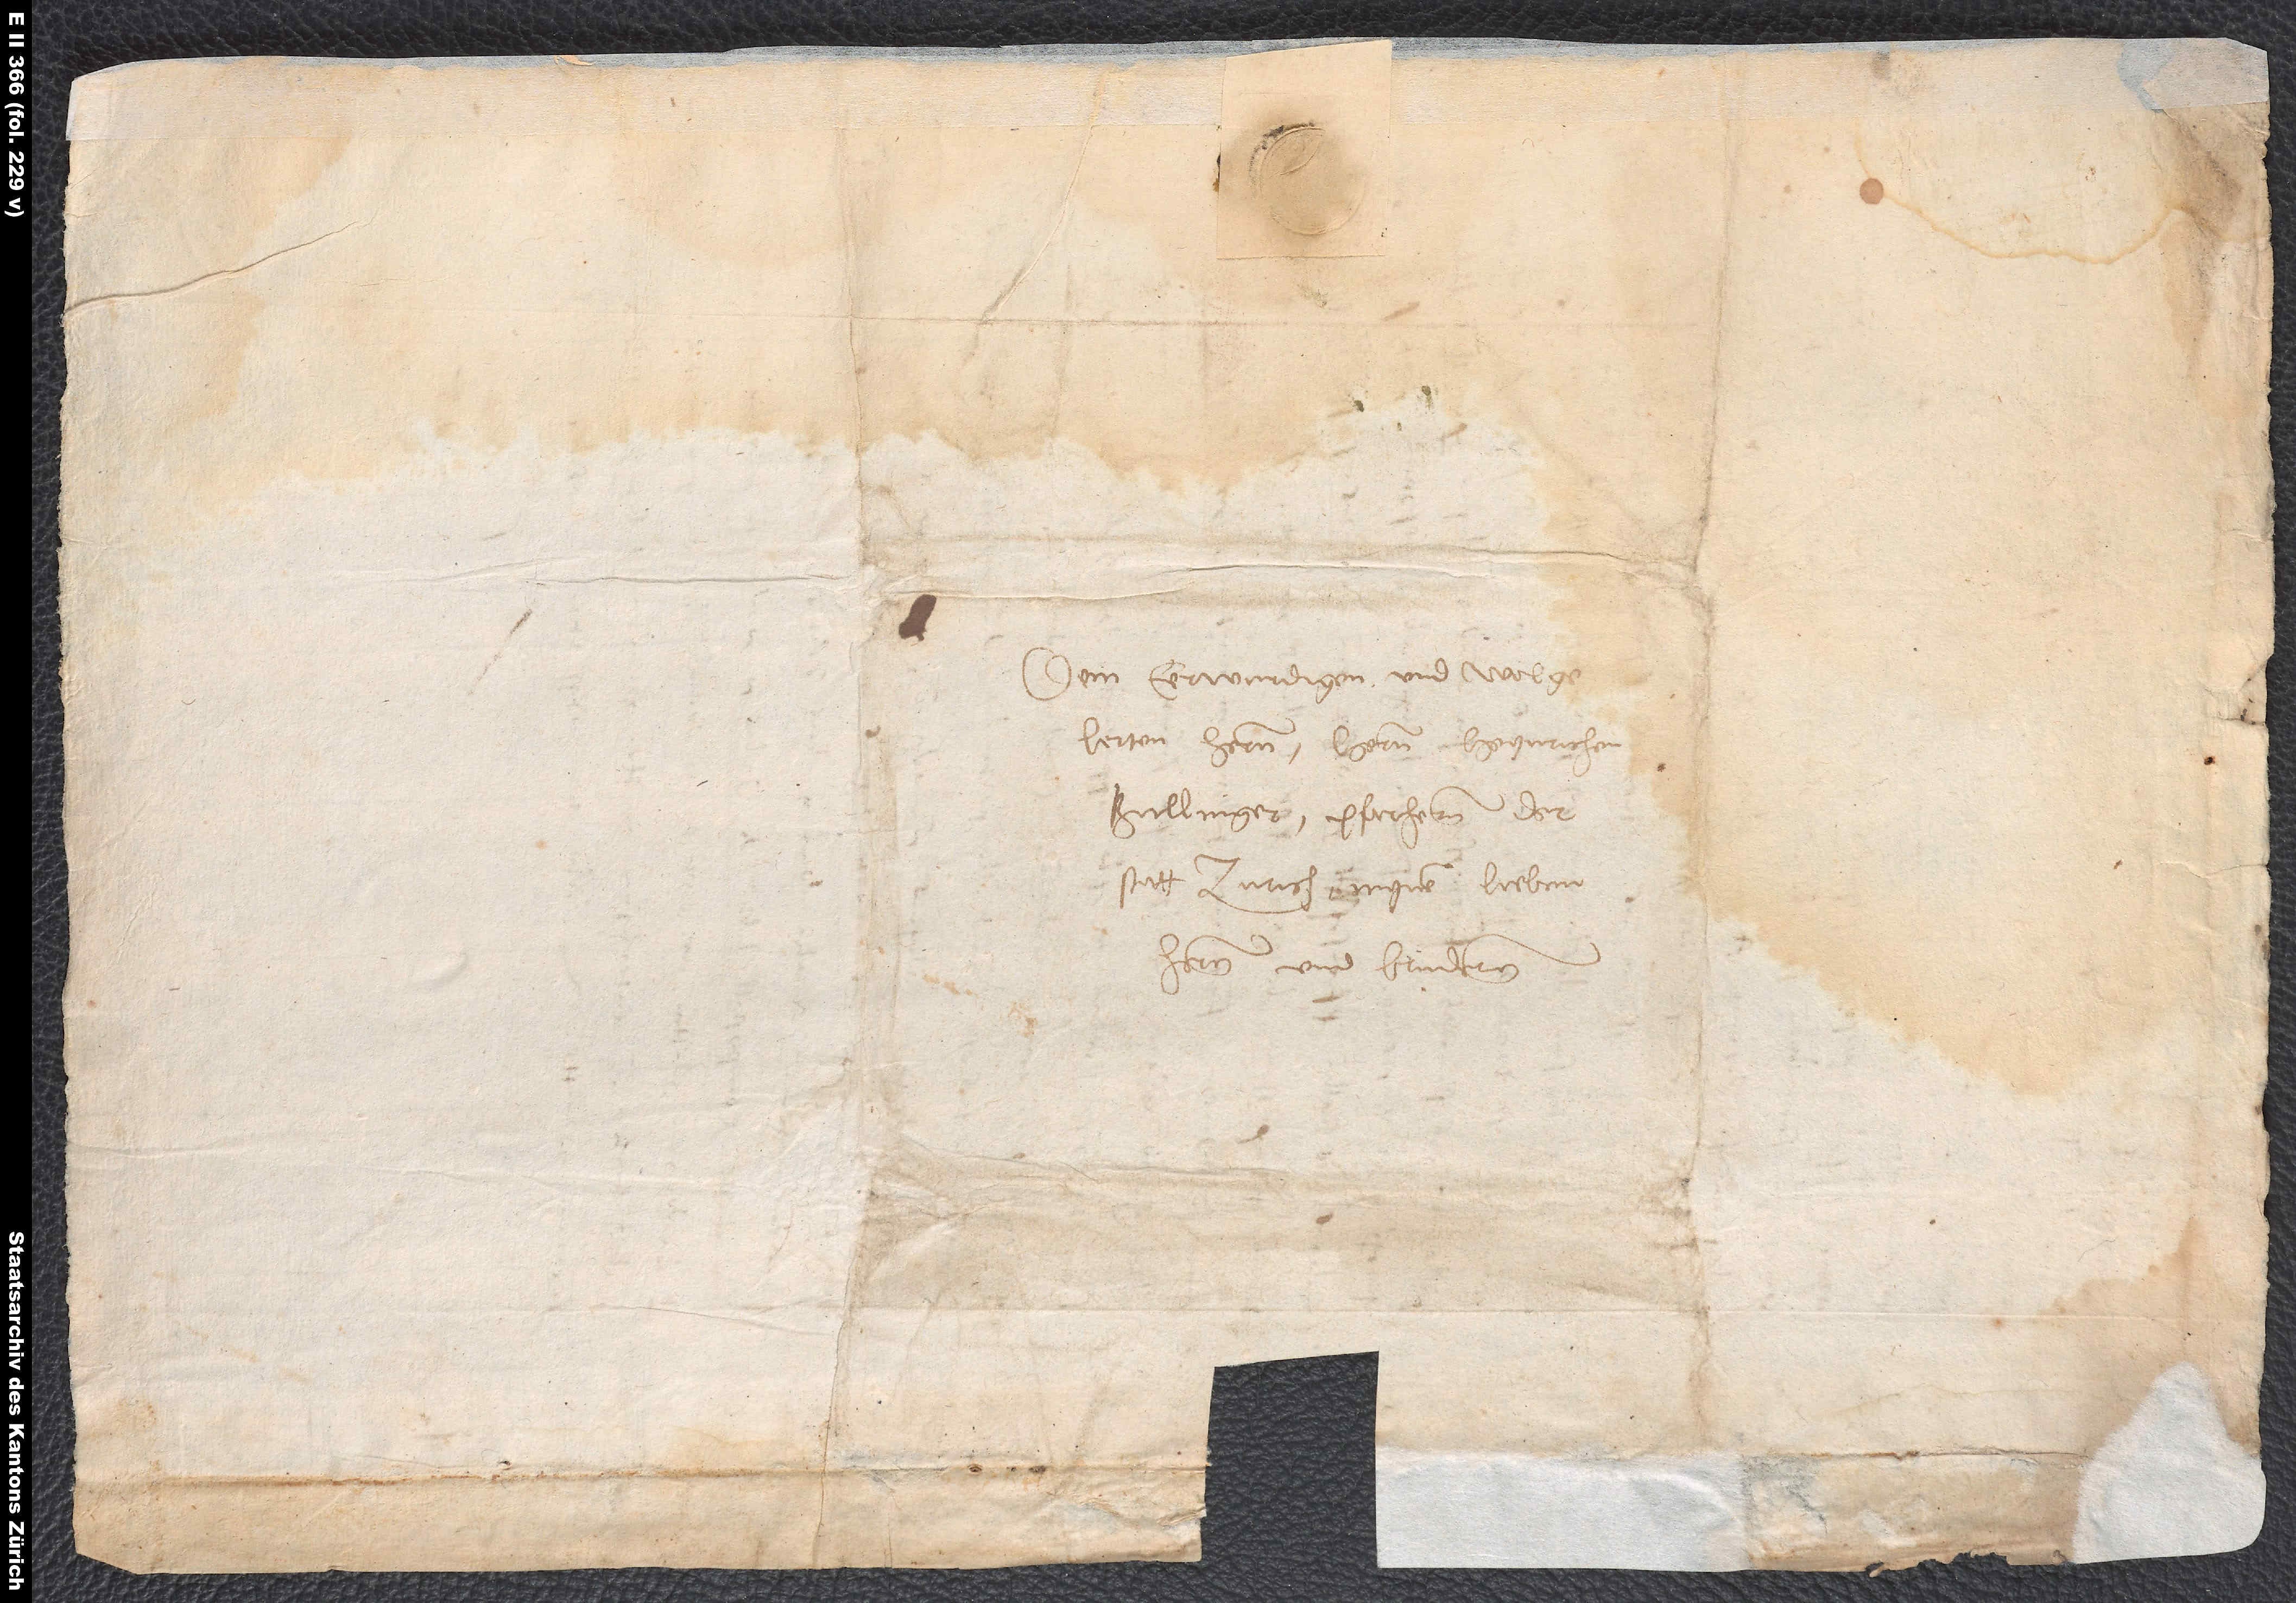
Dem eerwurdigen und wolgelerten
hernn, hernn Heynrichen
Bullinger, pfarhernn der
statt Zurich, mynem lieben
hernn und brudernn.